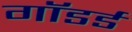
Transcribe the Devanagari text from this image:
गॉडर्ड